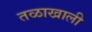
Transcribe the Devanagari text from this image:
तळाखाली